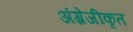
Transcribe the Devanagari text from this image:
अंग्रेजीकृत